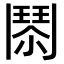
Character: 𩰐